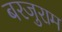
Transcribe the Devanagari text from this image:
बरजुराम